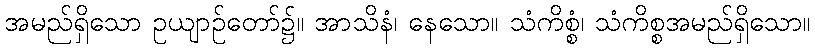
အမည်ရှိသော ဥယျာဉ်တော်၌။ အာသိနံ၊ နေသော။ သံကိစ္စံ၊ သံကိစ္စအမည်ရှိသော။